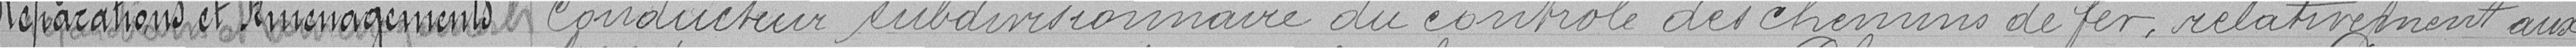
Réparation er Aménagements  conducteur subdivisionnaire du controle des chemins de fer, relativement aux